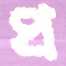
প্র